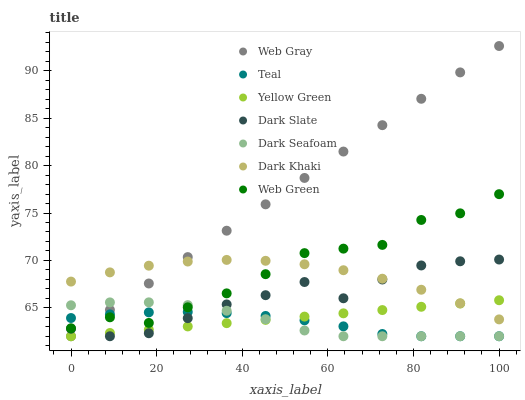
| xaxis_label | Web Gray | Teal | Yellow Green | Dark Slate | Dark Seafoam | Dark Khaki | Web Green |
 | --- | --- | --- | --- | --- | --- | --- | --- |
 | 0 | 62 | 63.9 | 62 | 62.8 | 65.3 | 67.8 | 62.8 |
 | 9.09 | 64.8 | 64.3 | 62.3 | 62 | 65.6 | 68.7 | 64 |
 | 18.2 | 67.6 | 64.5 | 62.7 | 62.3 | 65.6 | 69.4 | 63.4 |
 | 27.3 | 70.4 | 64.6 | 63 | 63.9 | 65.3 | 69.9 | 65.1 |
 | 36.4 | 73.1 | 64.4 | 63.4 | 65.4 | 64.7 | 70.1 | 66.5 |
 | 45.5 | 75.9 | 64.1 | 63.7 | 66.3 | 63.8 | 70 | 68.5 |
 | 54.5 | 78.7 | 63.7 | 64.1 | 67.7 | 62.6 | 69.6 | 70.8 |
 | 63.6 | 81.5 | 63 | 64.4 | 66 | 62 | 69 | 71.2 |
 | 72.7 | 84.3 | 62.2 | 64.8 | 68 | 62 | 68.1 | 71.6 |
 | 81.8 | 87.1 | 62 | 65.1 | 69.5 | 62 | 66.9 | 74.3 |
 | 90.9 | 89.8 | 62 | 65.5 | 69.9 | 62 | 65.5 | 75 |
 | 100 | 92.6 | 62 | 65.8 | 70.1 | 62 | 63.8 | 77 |